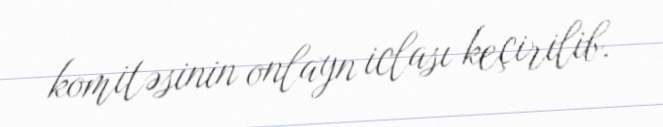
komitəsinin onlayn iclası keçirilib.